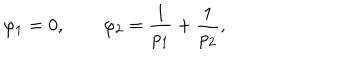
LaTeX: \varphi _ { 1 } = 0 , \qquad \varphi _ { 2 } = \frac { 1 } { p _ { 1 } } + \frac { 1 } { p _ { 2 } } ,